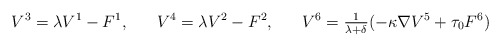
\begin{align*}V^{3} &= \lambda V^{1} - F^{1}, &V^{4} &= \lambda V^{2} - F^{2}, &V^{6} &= \tfrac{1}{\lambda + \delta} (- \kappa \nabla V^{5} + \tau_{0} F^{6}) \end{align*}